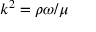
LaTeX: k ^ { 2 } = \rho \omega / \mu